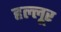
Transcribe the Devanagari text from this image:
हल्लूर